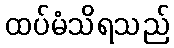
ထပ်မံသိရသည်